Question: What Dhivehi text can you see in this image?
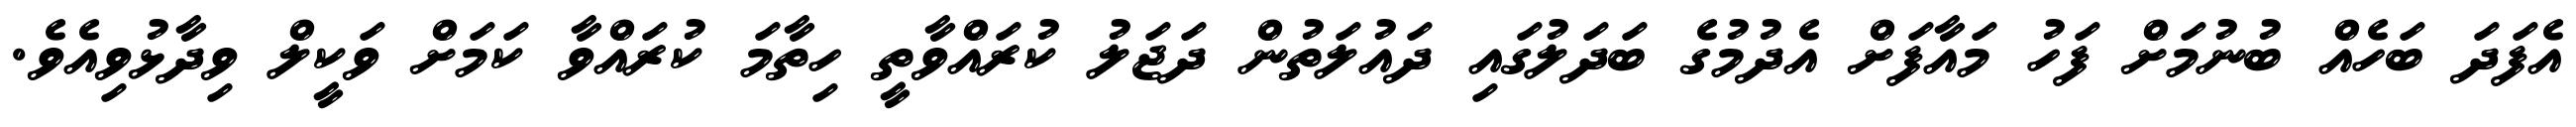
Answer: އެފަދަ ބަހެއް ބުނުމަށް ފަހު މައާފަށް އެދުމުގެ ބަދަލުގައި ދައުލަތުން ދަޖަލު ކުރައްވާތީ ހިތާމަ ކުރައްވާ ކަމަށް ވަކީލް ވިދާޅުވިއެވެ.